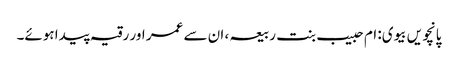
پانچویں بیوی: ام حبیب بنت ربیعہ ، ان سے عمر اور رقیہ پیدا ہوئے۔